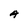
Character: A